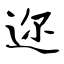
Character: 迩